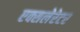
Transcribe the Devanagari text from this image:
एक्सलेरेटर